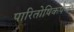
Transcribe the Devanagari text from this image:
पारितोषिकपण